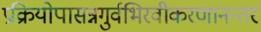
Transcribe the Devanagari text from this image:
प्रक्रियोपासन्नगुर्वभिरवीकरणानन्तरं